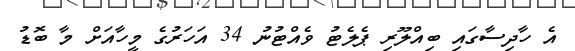
އެ ހާދިސާގައި ބިއްލޫރި ޕެލެޓު ވެއްޓުނު 34 އަހަރުގެ މީހާއަށް މާ ބޮޑު